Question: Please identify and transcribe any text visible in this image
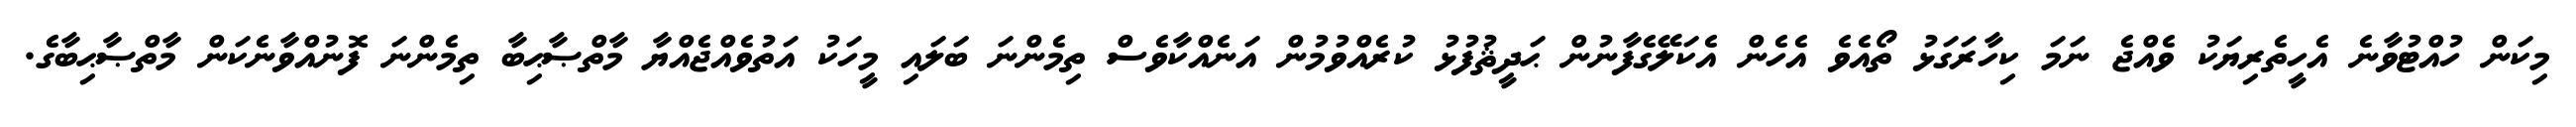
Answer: މިކަން ހުއްޓުވާނެ އެހީތެރިޔަކު ވެއްޖެ ނަމަ ކިހާރަގަޅު ތޯއެވެ އެހެން އެކަލޭގެފާނުން ޙަދީޘުފުޅު ކުރެއްވުމުން އަނެއްކާވެސް ތިމެންނަ ބަލައި މީހަކު އަތުވެއްޖެއްޔާ މާތްޞާޙިބާ ތިމެންނަ ފޮނުއްވާނެކަން މާތްޞާޙިބާގެ.